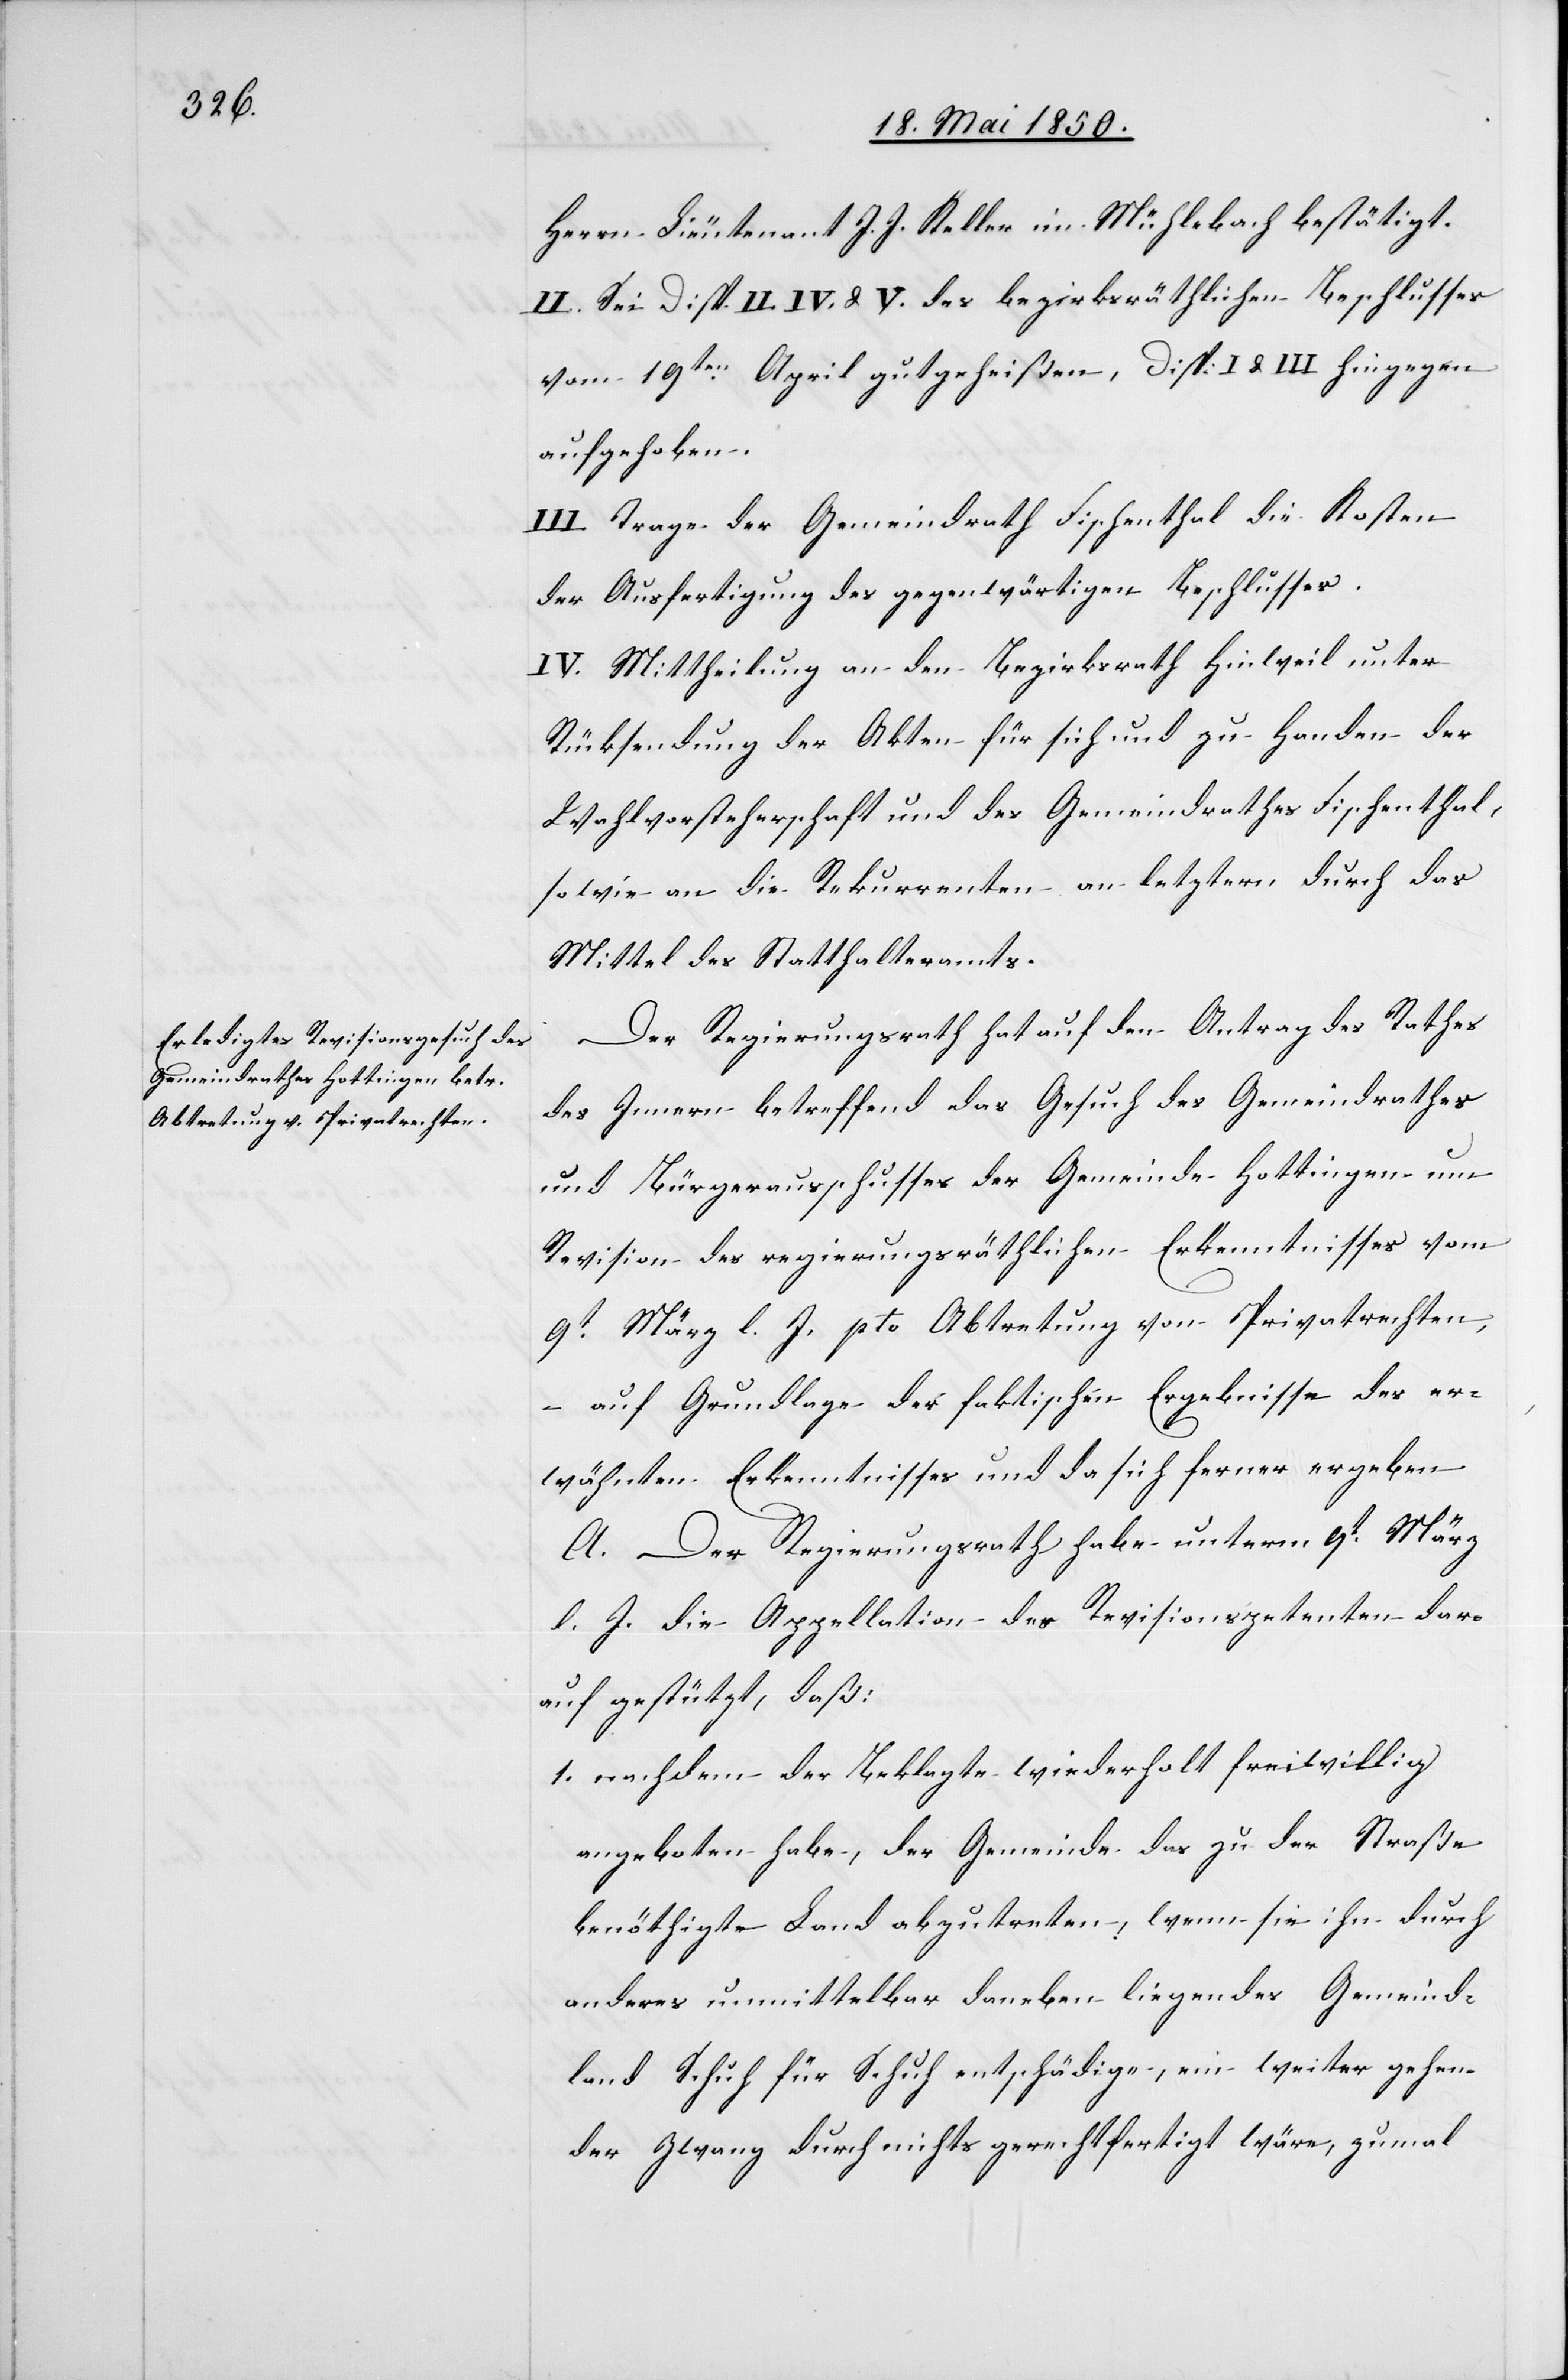
Herrn Lieutenant J. J. Keller im Mühlebach bestätigt.
II. Sei Disp. II. IV. & V. des bezriksräthlichen Beschlusses
vom 19ten April gutgeheißen, Disp: I. & III. hingegen
aufgehoben.
III. Trage der Gemeindrath Fischenthal die Kosten
der Ausfertigung des gegenwärtigen Beschlusses.
IV. Mittheilung an den Bezirksrath Hinweil unter
Rücksendung der Akten für sich und zu Handen der
Wahlvorsteherschaft und des Gemeindrathes Fischenthal,
sowie an die Rekurrenten an letztern durch das
Mittel des Statthalteramts.
Der Regierungsrath hat auf den Antrag des Rathes
des Innern betreffend das Gesuch des Gemeindrathes
und Bürgerausschusses der Gemeinde Hottingen um
Revision des regierungsräthlichen Erkenntnisses vom
9t März l. J. pto Abtretung von Privatrechten,
– auf Grundlage der faktischen Ergebnisse des er¬
wähnten Erkenntnisses und da sich ferner ergeben.
A. Der Regierungsrath habe unterm 9t März
l. J. die Appellation des Revisionspetenten dar¬
auf gestützt, daß:
1. nachdem der Beklagte wiederholt freiwillig
angeboten habe, der Gemeinde das zu der Straße
benöthigte Land abzutreten, wenn sie ihn durch
anderes unmittelbar daneben liegendes Gemeind¬
land Schuh für Schuh entschädige, ein weiter gehen¬
der Zwang durch nichts gerechtfertigt wäre, zumal